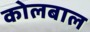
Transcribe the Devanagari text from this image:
कोलबाल